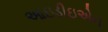
આઇડીઇએન